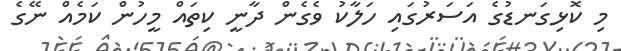
މި ކޮޅިގަނޑުގެ އަސަރުގައި ހަލާކު ވެގެން ދާނީ ކިތައް މީހުން ކަމެއް ނޭގެ